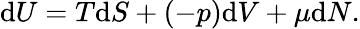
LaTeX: \mathrm{d}U=T\mathrm{d}S+(-p)\mathrm{d}V+\mu\mathrm{d}N.